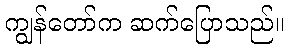
ကျွန်တော်က ဆက်ပြောသည်။